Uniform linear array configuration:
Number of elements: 8
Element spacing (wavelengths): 1
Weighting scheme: cosine
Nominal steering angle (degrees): -30
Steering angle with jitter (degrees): -29.761
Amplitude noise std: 0.05
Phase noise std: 0.05

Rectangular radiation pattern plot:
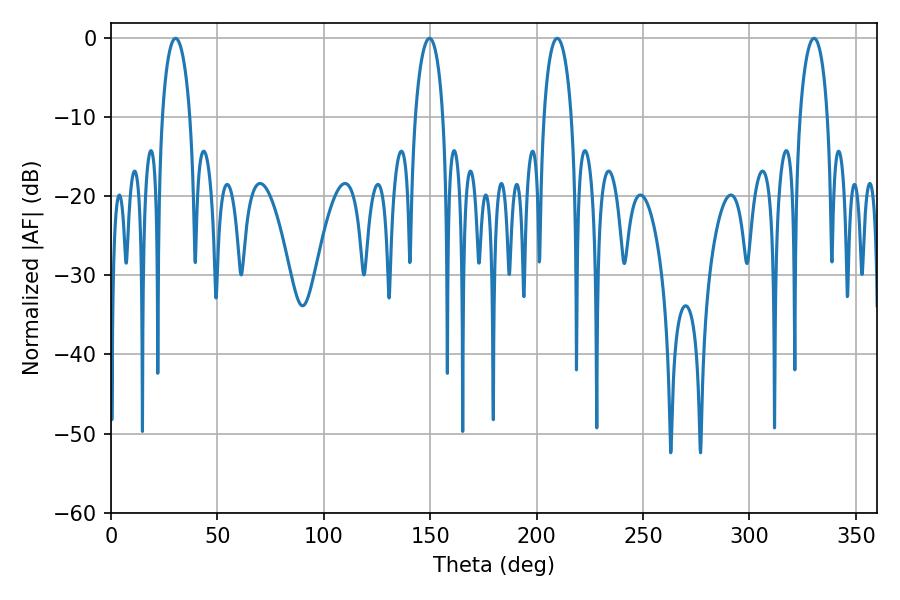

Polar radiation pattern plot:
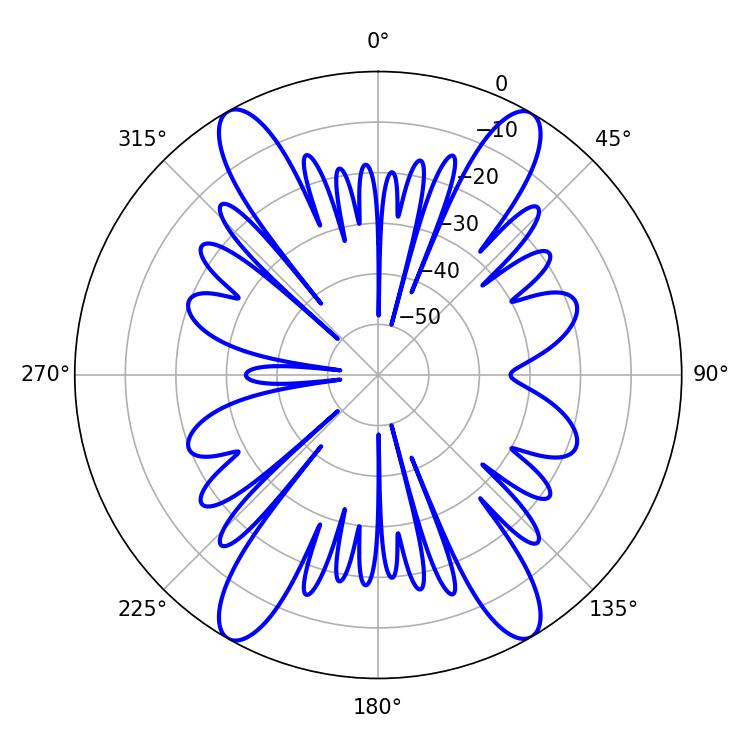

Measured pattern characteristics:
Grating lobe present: TRUE
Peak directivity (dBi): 25.711
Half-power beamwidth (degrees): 7.38
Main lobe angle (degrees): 209.7